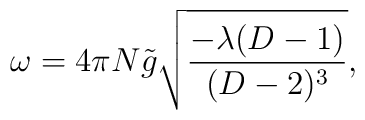
\omega = 4\pi N {\tilde g} \sqrt{\frac{-\lambda (D-1)}{(D-2)^3}},